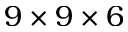
9 \times 9 \times 6